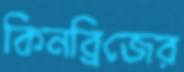
কিনব্রিজের